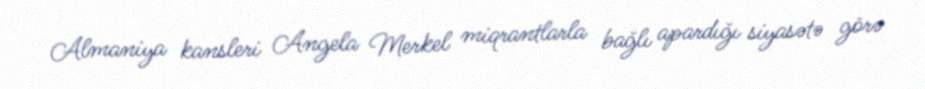
Almaniya kansleri Angela Merkel miqrantlarla bağlı apardığı siyasətə görə